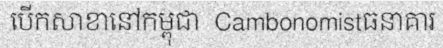
បើកសាខានៅកម្ពុជា  Cambonomistធនាគារ